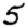
Digit: 5